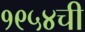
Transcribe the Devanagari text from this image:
१९५४ची